Leaving Certificate, 1898
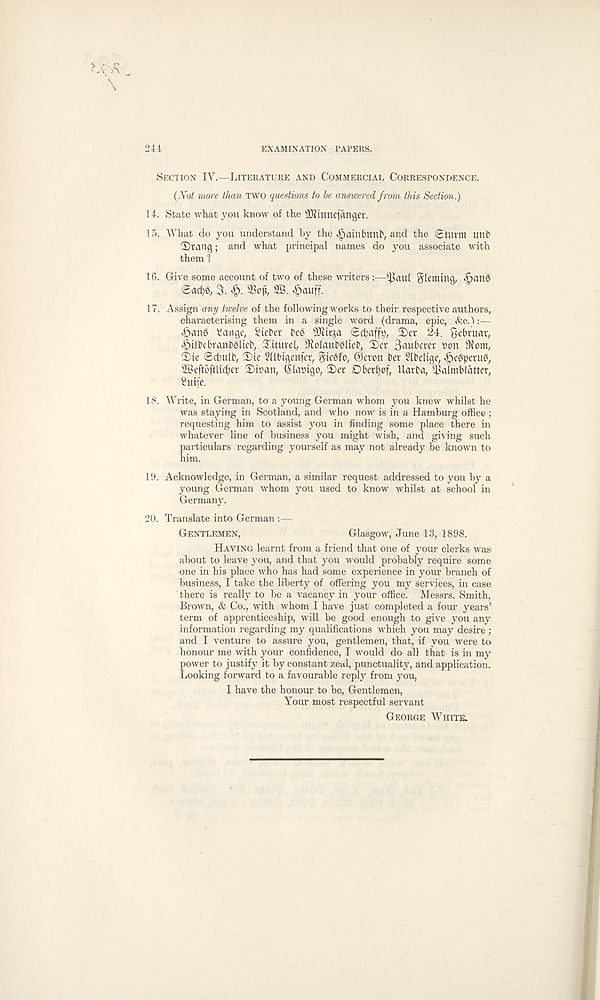
EXAMINATION PAPERS.
244
Section IY.—Literature and Commercial Correspondence.
(Not rime than two questions to he answered from this Section.)
14. State what you know of the SOJinnefanger.
15. What do you understand by the Jpainbtmb, and the Sturm itnb
2)rang; and what principal names do you associate with
them 1
16. Give some account of two of these writers:—^aul Fleming, «f)au3
Sad)^ 3. 93of, 2B. «g>auff.
17. Assign any twelve of the following works to their respective authors,
characterising them in a single word (drama, epic, &c.):—
\!angc, liefer t>e6 ^irja Sdjaffi), 2)er 24. gebruar,
^Oilbcbranbolieb, Situvel, OiolanbglieP, Scr 3ii»bt’rer »on 9Jom,
2)ic Sdbulb, 2)ie SUbtgenfer, gteefo, @cron ber Slbdigc, J5e3pcru3,
9®e[tbftlicber
(llaoigo, 2)er Oberfjof, Uarba, ^almbldtter,
Stttfe.
18. AVrite, in German, to a young German whom you knew whilst he
was staying in Scotland, and who now is in a Hamburg office;
requesting him to assist you in finding some place there in
whatever line of business you might wish, and giving such
particulars regarding yourself as may not already be known to
him.
19. Acknowledge, in German, a similar request addressed to you by a
young German whom you used to know whilst at school in
Germany.
20. Translate into German :—
Gentlemen,
Glasgow, June 13, 1898.
Having learnt from a friend that one of your clerks was
about to leave you, and that you would probably require some
one in his place who has had some experience in your branch of
business, I take the liberty of offering you my services, in case
there is really to be a vacancy in your office. Messrs. Smith,
Brown, & Co., with whom I have just completed a four years’
term of apprenticeship, will be good enough to give you any
information regarding my qualifications which you may desire ;
and I venture to assure you, gentlemen, that, if you were to
honour me with your confidence, I would do all that is in my
power to justify it by constant zeal, punctuality, and application.
Looking forward to a favourable reply from you,
I have the honour to be, Gentlemen,
Your most respectful servant
George White.